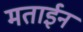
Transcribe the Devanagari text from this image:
मताईन